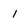
Character: I